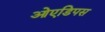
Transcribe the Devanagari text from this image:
ओएडिपस